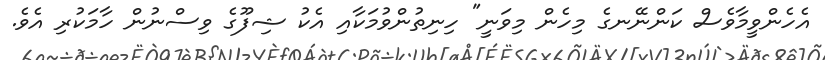
އެހެންވީމާވެސް ކަންނޭނގެ މިހެން މިވަނީ" ހިނިތުންވުމަކާއި އެކު ޝިފޫގެ ވިސްނުން ހާމަކުރި އެވެ.